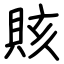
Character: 賅